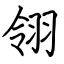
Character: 翎